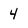
Character: 4